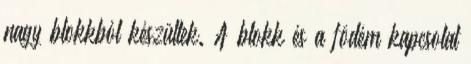
nagy blokkból készültek. A blokk és a födém kapcsolat